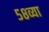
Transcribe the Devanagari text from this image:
५८व्या